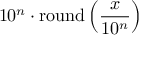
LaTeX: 1 0 ^ { n } \cdot \operatorname { r o u n d } \left( { \frac { x } { 1 0 ^ { n } } } \right)